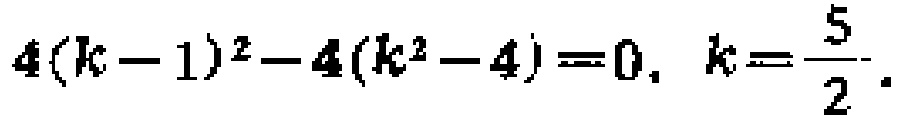
\(4(k - 1)^2 - 4(k^2 - 4) = 0, k = \frac{5}{2}.\)